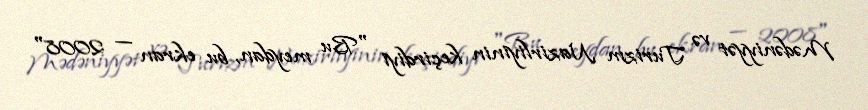
Mədəniyyət və Turizm Nazirliyinin keçirdiyi "Bu meydan, bu ekran — 2008"